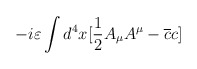
\begin{align*}-i\varepsilon \int d^{4}x[\frac{1}{2}A_{\mu }A^{\mu }-\overline{c}c]\end{align*}